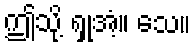
ဤသို့ ရှုအံ့။ သေ။